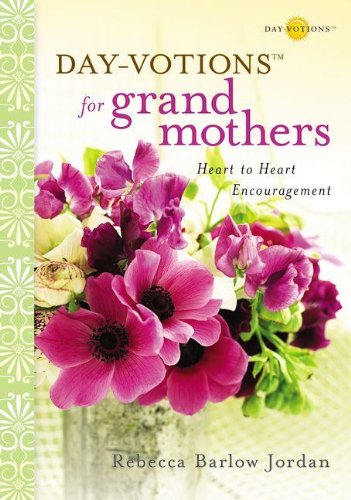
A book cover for Day-votions for Grandmothers: Heart to Heart Encouragement; Rebecca Barlow Jordan; Parenting & Relationships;